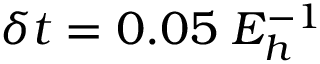
\delta t = 0 . 0 5 \; E _ { h } ^ { - 1 }